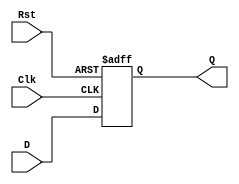
//D Flipflop with negetive reset
module D_flipflop(Q, D, Clk, Rst);
    output Q;
    input D, Clk, Rst;
    reg Q;

    always @(posedge Clk, negedge Rst)
        if (!Rst) Q <= 1'b0;
        else Q <= D;
endmodule

module D_flipflop_tb;
    reg D, Clk, Rst;
    wire Q;

    D_flipflop UUT(Q, D, Clk, Rst);
    
    initial begin 
        Clk = 1'b0;
        Rst = 1;
        D <= 0;
        #10;
        Rst = 0;
        D <= 1;
        Clk = ~Clk;
        #10;
        Rst = 1;
        D <= 1;
        Clk = ~Clk;
        #10;
        D <= 1;
        Clk = ~Clk;
    end 
    initial $monitor("D = %b, Clk = %b, Rst = %b, Q = %b", D, Clk, Rst, Q); 

endmodule